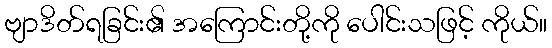
ဗျာဒိတ်ရခြင်း၏ အကြောင်းတို့ကို ပေါင်းသဖြင့် ကိုယ်။